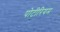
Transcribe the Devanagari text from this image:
पोटीरियम